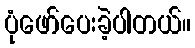
ပုံဖော်ပေးခဲ့ပါတယ်။